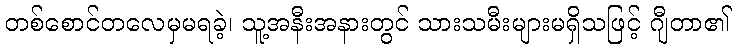
တစ်စောင်တလေမှမရခဲ့၊ သူ့အနီးအနားတွင် သားသမီးများမရှိသဖြင့် ဂျီတာ၏